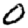
Digit: 0